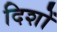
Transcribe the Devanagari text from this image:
दिशों